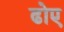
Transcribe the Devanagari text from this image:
ढोए